Annual report on the working of the lock hospitals in the North-Western Provinces and Oudh
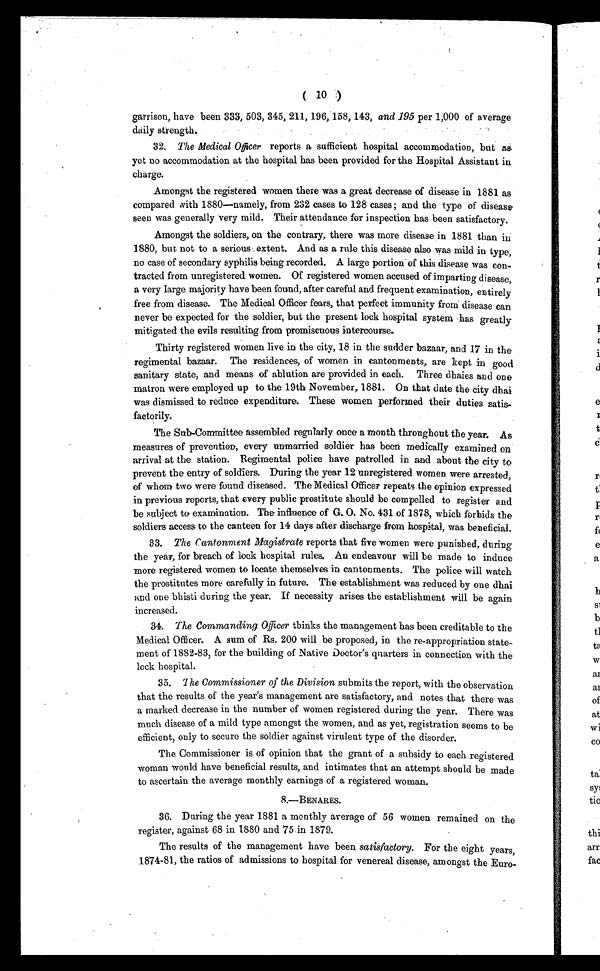
( 10 )
garrison, have been 333, 503, 345, 211, 196, 158, 143, and 195 per 1,000 of average
daily strength.
32.The Medical Officer reports a sufficient hospital accommodation, but
a s y e t n o a c c o m m o d a t i o n a t t h e h o s p i t a l h a s b e e n p r o v i d e d f o r t h e H o s p i t a l A s s i s t a n t i n
charge.
Amongst the registered women there was a great decrease of disease in 1881 as
compared with 1880—namely, from 232 cases to 128 cases; and the type of disease
seen was generally very mild. Their attendance for inspection has been satisfactory.
Amongst the soldiers, on the contrary, there was more disease in 1881 than in
1880, but not to a serious extent. And as a rule this disease also was mild in type,
no case of secondary syphilis being recorded. A large portion of this disease was con-
tracted from unregistered women. Of registered women accused of imparting disease,
a very large majority have been found, after careful and frequent examination, entirely
free from disease. The Medical Officer fears, that perfect immunity from disease can
never be expected for the soldier, but the present lock hospital system has greatly
mitigated the evils resulting from promiscuous intercourse.
Thirty registered women live in the city, 18 in the sudder bazaar, and 17 in the
regimental bazaar. The residences, of women in cantonments, are kept in good
sanitary state, and means of ablution are provided in each. Three dhaies and one
matron were employed up to the 19th November, 1881. On that date the city dhai
was dismissed to reduce expenditure. These women performed their duties satis-
factorily.
The Sub-Committee assembled regularly once a month throughout the year. As
measures of prevention, every unmarried soldier has been medically examined on
arrival at the station. Regimental police have patrolled in and about the city to
prevent the entry of soldiers. During the year 12 unregistered women were arrested,
of whom two were found diseased. The Medical Officer repeats the opinion expressed
in previous reports, that every public prostitute should be compelled to register and
be subject to examination. The influence of G. O. No. 431 of 1878, which forbids the
soldiers access to the canteen for 14 days after discharge from hospital, was beneficial.
33. The Cantonment Magistrate reports that five women were punished, during
the year, for breach of lock hospital rules. An endeavour will be made to induce
more registered women to locate themselves in cantonments. The police will watch
the prostitutes more carefully in future. The establishment was reduced by one dhai
and one bhisti during the year. If necessity arises the establishment will be again
increased.
34.The Commanding Officer thinks the management has been creditable to the
Medical Officer. A sum of Rs. 200 will be proposed, in the re-appropriation state-
ment of 1882-83, for the building of Native Doctor's quarters in connection with the
lock hospital.
35.
The Commissioner of the Division submits the report, with the observation
that the results of the year's management are satisfactory, and notes that there was
a marked decrease in the number of women registered during the year. There was
much disease of a mild type amongst the women, and as yet, registration seems to be
efficient, only to secure the soldier against virulent type of the disorder.
The Commissioner is of opinion that the grant of a subsidy to each registered
woman would have beneficial results, and intimates that an attempt should be made
to ascertain the average monthly earnings of a registered woman.
8.—BENARES.
36.
During the year 1881 a monthly average of 56 women remained on the
register, against 68 in 1880 and 75 in 1879.
The results of the management have been satisfactory. For the eight years,
1874-81, the ratios of admissions to hospital for venereal disease, amongst the Euro-